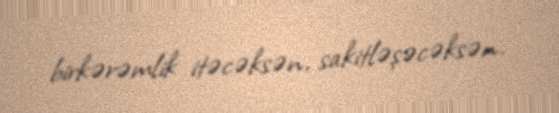
birkərəmlik itəcəksən, sakitləşəcəksən.